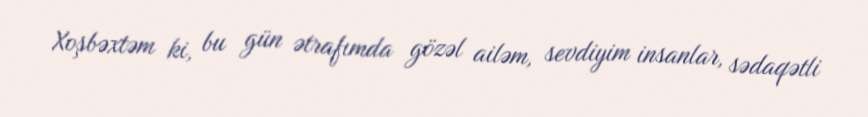
Xoşbəxtəm ki, bu gün ətrafımda gözəl ailəm, sevdiyim insanlar, sədaqətli